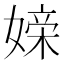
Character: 𪦖